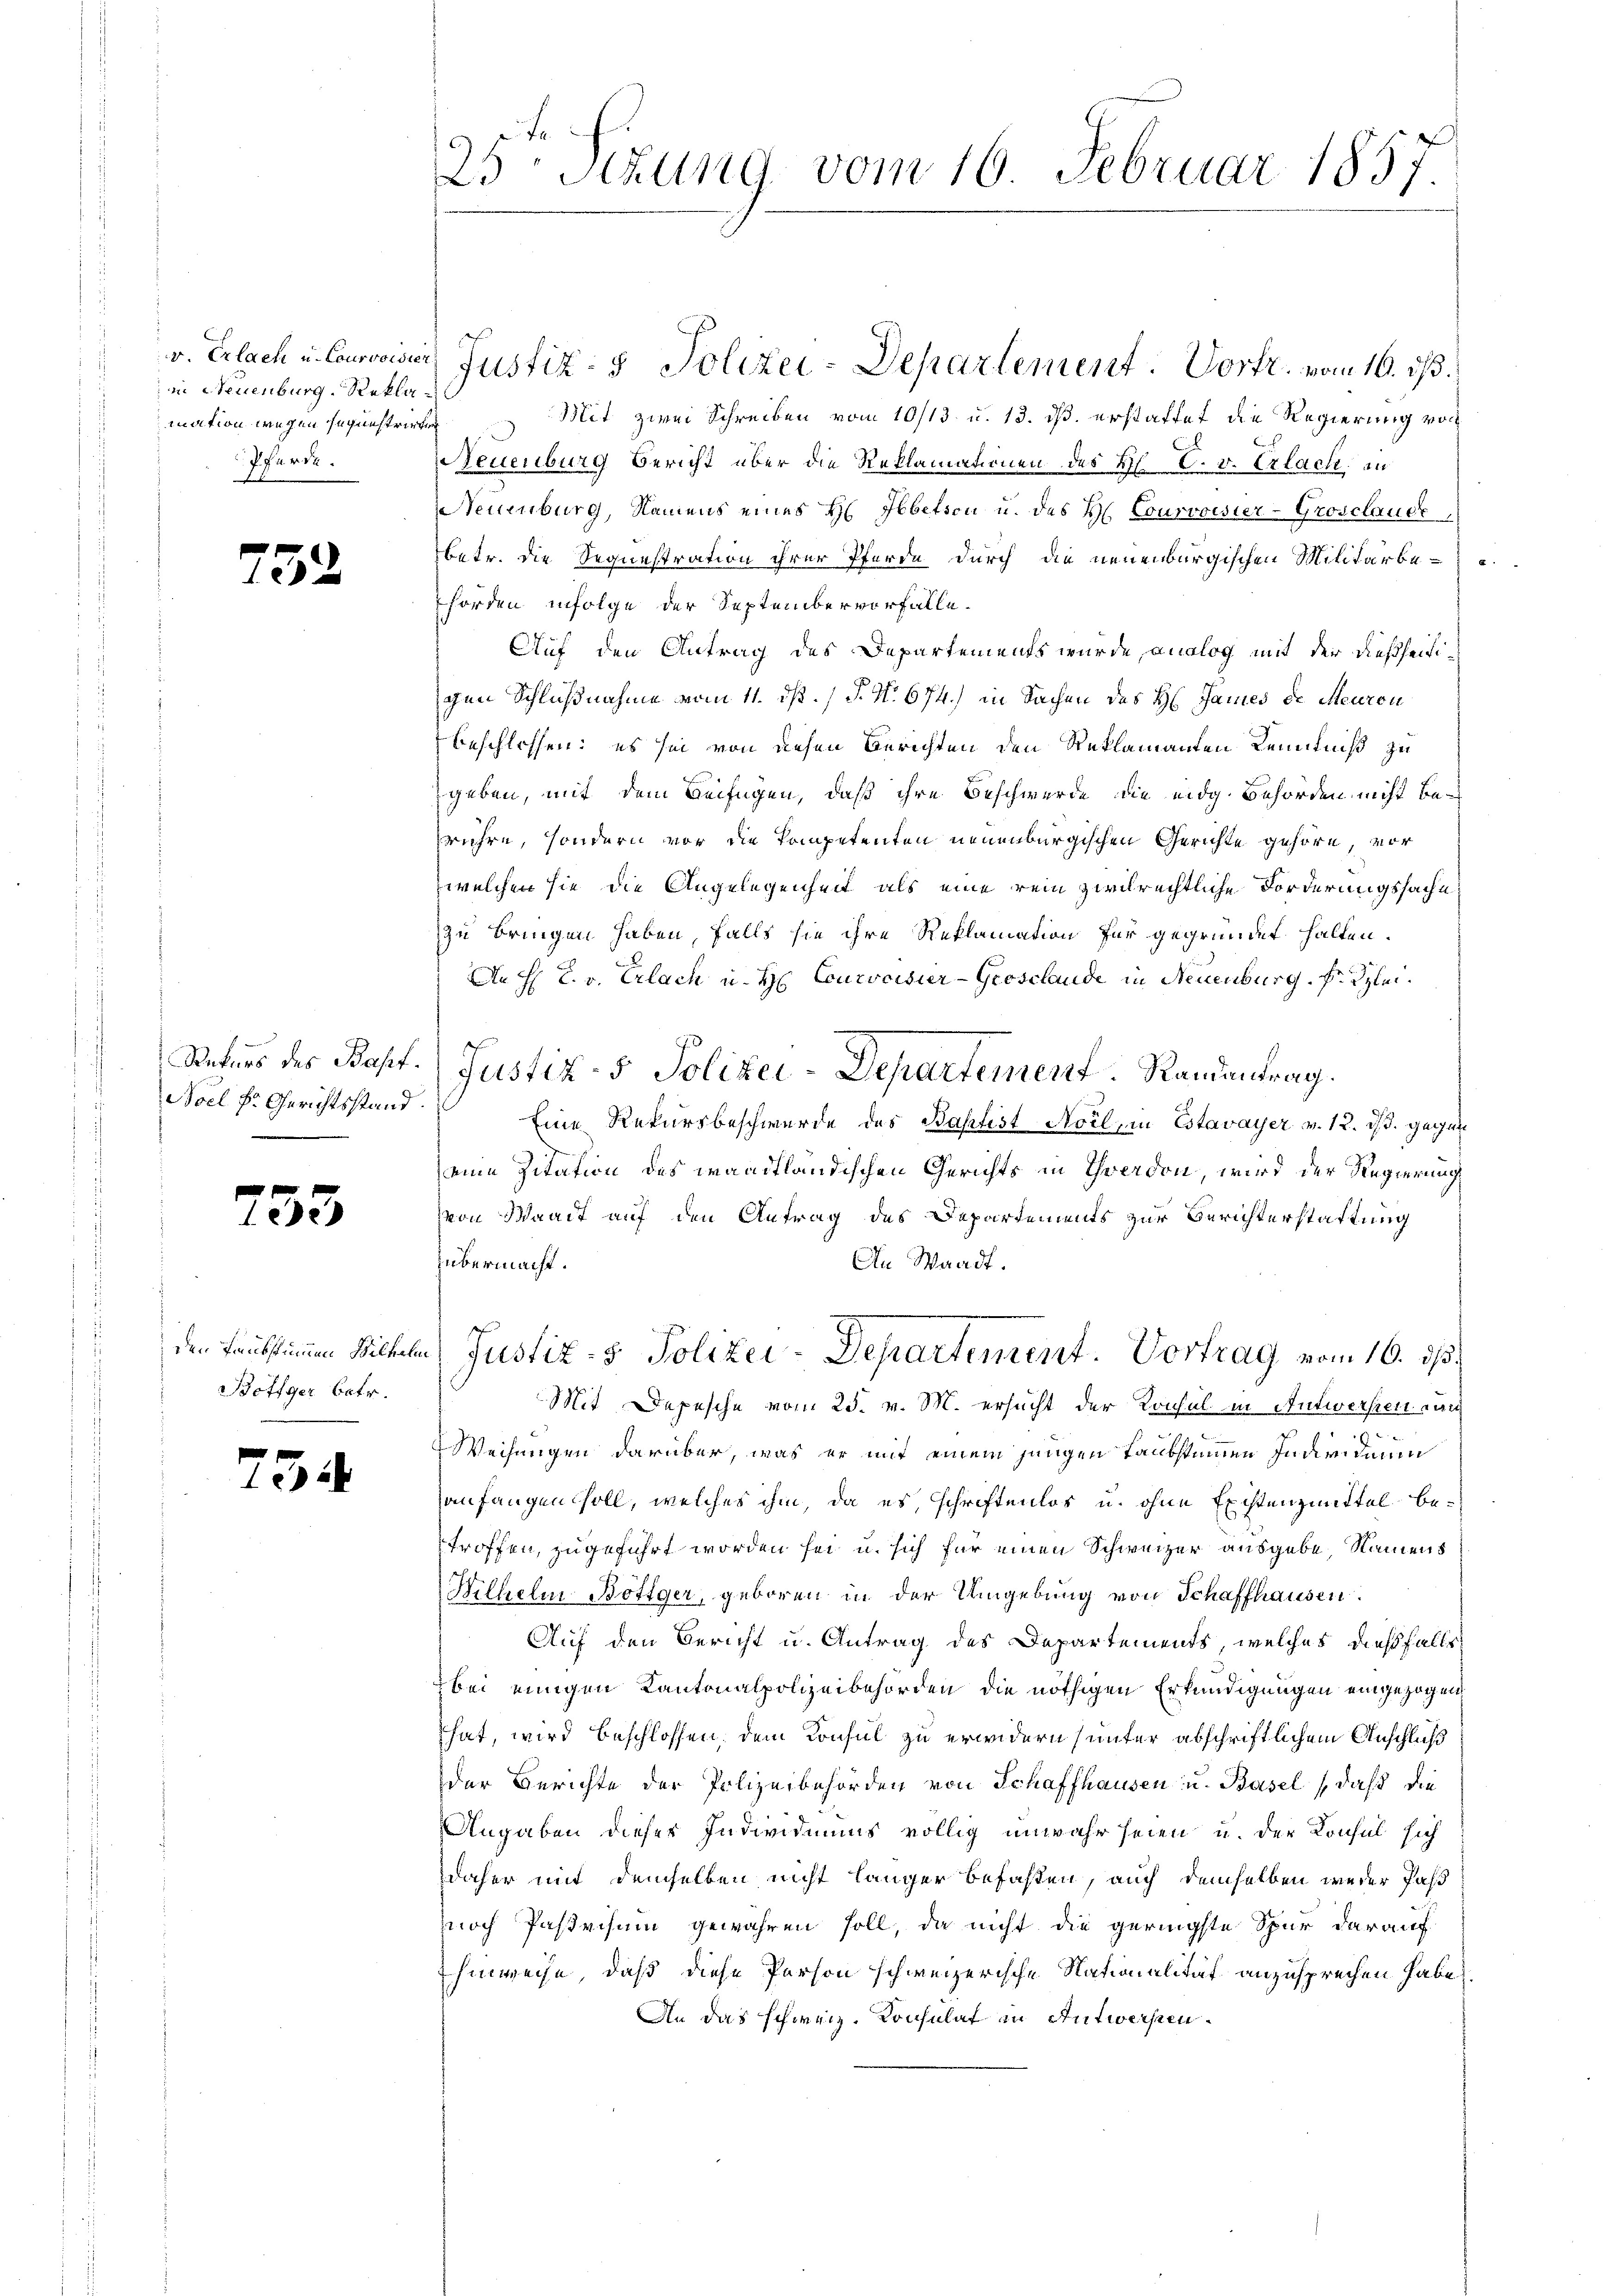
r Erlach u. Courvoisier
in Neuenburg, Reklamnation wegen sagenstrirte
Pferde.
F

e

59

¬

Rekurs des Bapt.
Noel Fr. Gerichtsstand.

53

den Taubstimmen Wilhelm
Betiger betr.

5.

25 Setzung vom 16. Februar 1857.

Justiz- & Polizei-Departement. Vortr. vom 16. ds.
Mit zwei Schreiben vom 10/13. u. 13. ds. erstattet die Regierung von
Neuenburg Bericht über die Reklamationen des Hl. C. v. Erlach in
Neuenburg, Namens eines H. Ibbetson u. des H. Courvoisier-Grosclaude
betr. die Sequestration ihrer Pferde durch die neuenburgischen Militärbehorden, infolge der September vorfalle.
Auf den Antrag des Departements wurde, analog mit der dießseitigen Schlußnahme vom 11. ds. (T. No. 674.) in Sachen des H: James de Meuron
beschlossen; es sei von diesen Berichten den Reklamanten Kenntniß zu
geben, mit dem Beifügen, daß ihre Beschwerde die eidg. Behörden nicht berühre, sondern vor die Kompetenten neuenburgischen Gerichte gehöre, vor
welchen sie die Angelegenheit als eine rein zivilrechtliche Forderungssache
zu bringen haben, falls sie ihre Reklamation für gegründet halten.
An H. L. v. Erlach u. Hr. Courvoisier-Grosclaude in Neuenburg. Fr. Klei¬
Justiz- & Polizei-Departement Randantrag.
Eine Rekursbeschwerde des Baptist Noil, in Estavayer v. 12. ds. gegen
eine Zitation des waadtländischen Gerichts in Yverdon, wird der Regierung
von Waadt auf den Antrag des Departements zur Berichterstattung
übermacht.
An Waadt.
e
s
Justiz- & Polizei-Departement. Vortrag vom 16. ds.
Mit Depesche vom 25. v. M. ersucht der Konsul in Antwerfen nich
Weisungen darüber, was er mit einem jungen Taubstimmen Individuum
anfangen soll, welches ihm, da es, schriftenlos u. ohne Existenzmittel betroffen, zugeführt worden sei u. sich für einen Schweizer ausgebe Namens
Hilhelm Bötiger, geboren in der Umgebung von Schaffhausen.
Auf den Bericht u. Antrag des Departements, welches dießfalls
bei einigen Kantonalpolizeibehörden die nöthigen Erkundigungen eingezogen
hat, wird beschlossen, dem Konsul zu erwidern (unter abschriftlichem Anschluß
der Berichte der Polizeibehörden von Schaffhausen u. Basel, daß die
Angaben dieser Individuums völlig unwahr seien u. der Konsul sich
daher mit demselben nicht länger befaßten, auch demselben weder Paß
noch Pastvisum gewähren soll, da nicht die geringste Spur darauf
hinweise, daß diese Person schweizerische Nationalität anzusprechen habe,
An das schweiz. Konsulat in Antwersten.